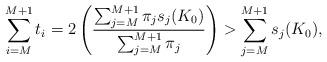
LaTeX: \begin{align*}\sum_{i=M}^{M+1}t_i =2\left(\frac{\sum_{j=M}^{M+1}\pi_js_j(K_0)}{\sum_{j=M}^{M+1}\pi_j}\right)>\sum_{j=M}^{M+1}s_j(K_0),\end{align*}